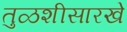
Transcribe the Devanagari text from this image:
तुळशीसारखे